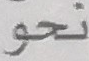
نحو